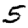
Digit: 5